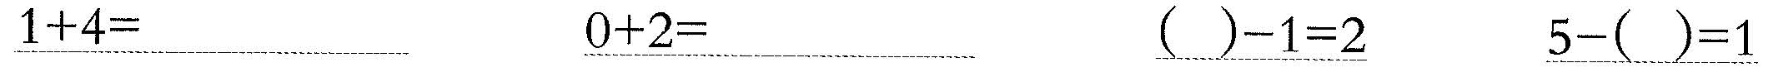
\underline{$$1 + 4 =$$} \underline{$$0 + 2 =$$} \underline{$$( ) - 1 = 3$$} \underline{$$5 - ( ) = 1$$}